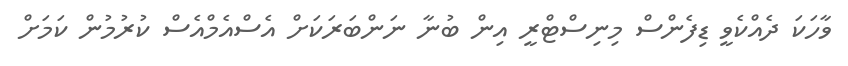
ވާހަކަ ދެއްކެވީ ޑިފެންސް މިނިސްޓްރީ އިން ބުނާ ނަންބަރަކަށް އެސްއެމްއެސް ކުރުމުން ކަމަށް